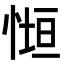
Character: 𭝧